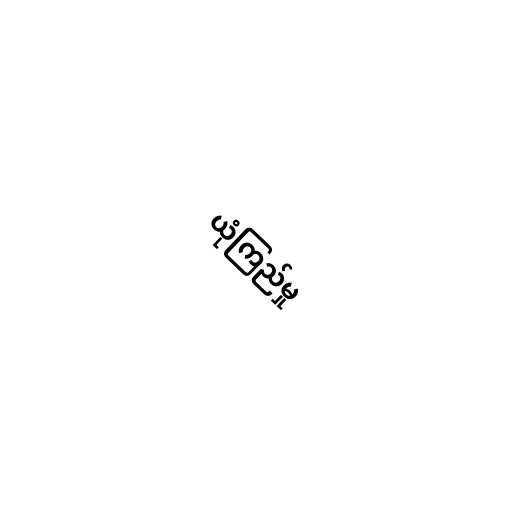
ယုံကြည်မှု